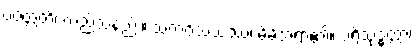
ပဝတ္တတိ၊ လည်သနည်း။ သကဝိသယဿ၊ မိမိအရာ၏။ ပရိသုဒ္ဓတ္တာ၊